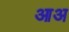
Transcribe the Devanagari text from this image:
आअ